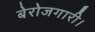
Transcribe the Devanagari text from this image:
बेरोजगारी।